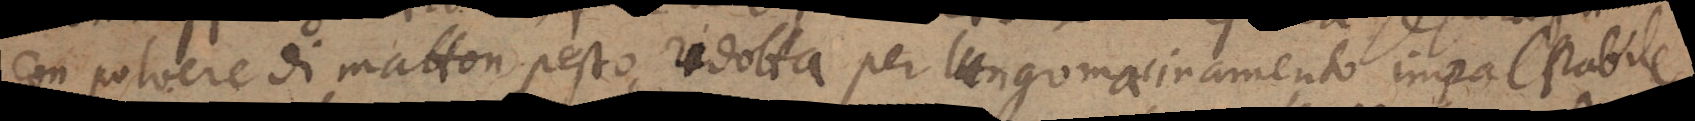
con polvere di matton pesto, ridotta per lungo macinamento impalpabile